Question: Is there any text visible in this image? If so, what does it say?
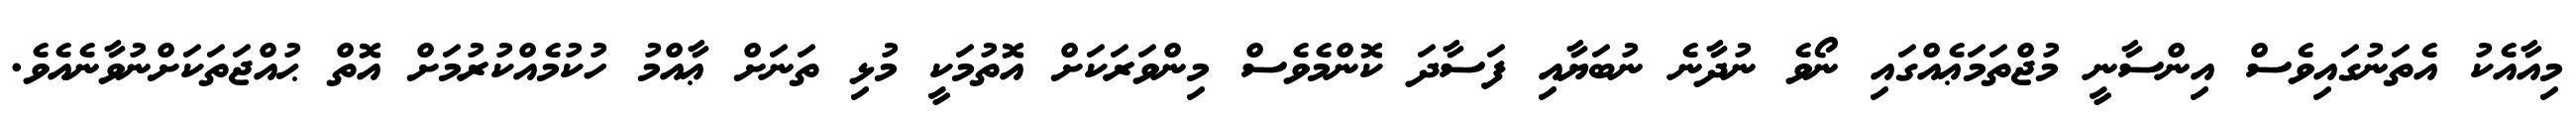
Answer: މިއާއެކު އެތަނުގައިވެސް އިންސާނީ މުޖްތަމަޢެއްގައި ނޯވެ ނުދާނެ ނުބަޔާއި ފަސާދަ ކޮންމެވެސް މިންވަރަކަށް އޮތުމަކީ މުޅި ތަނަށް ޢާއްމު ހުކުމެއްކުރުމަށް އޮތް ޙުއްޖަތަކަށްނުވާނެއެވެ.